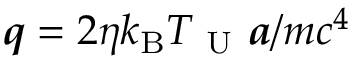
{ \mathbfit { q } } = 2 \eta k _ { \mathrm { B } } T _ { \mathrm { ~ U ~ } } \mathbfit { a } / m c ^ { 4 }